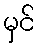
မှင်